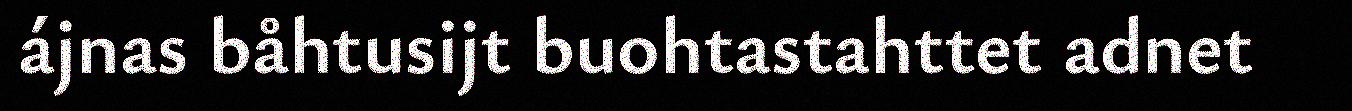
ájnas båhtusijt buohtastahttet adnet